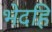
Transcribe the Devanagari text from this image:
भेदहि